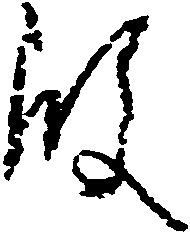
殿